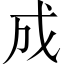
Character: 成